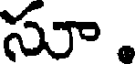
సూ.